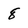
Character: 8